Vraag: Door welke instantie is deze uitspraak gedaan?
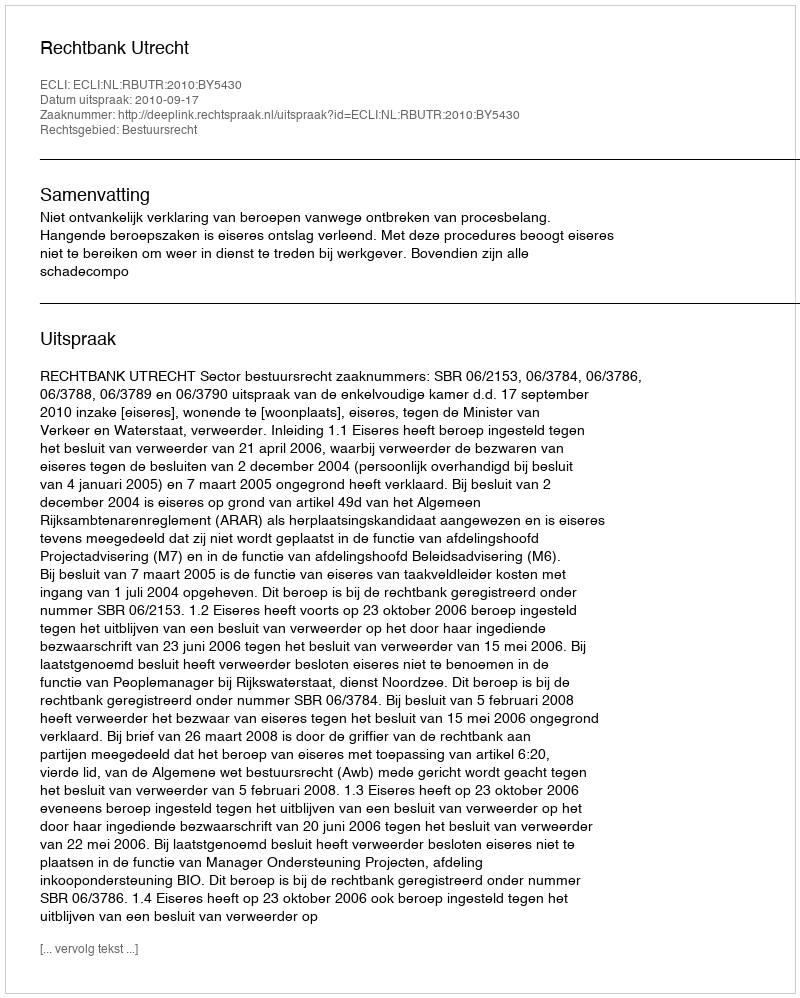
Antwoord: Rechtbank Utrecht